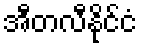
အီတလီနိုင်ငံ